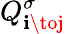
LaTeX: Q_{\mathbf{i}\toj}^{\sigma}